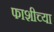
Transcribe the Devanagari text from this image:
फाशीच्या